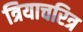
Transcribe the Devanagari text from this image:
त्रियाचरित्र